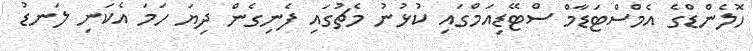
ހޮލެންޑްގެ އެމްސްޓަޑާމް ސްޓޭޑިއަމްގައި ކުޅުނު މެޗުގައި ފެނިގެން ދިޔަ ހަމަ އެކަނި ލަނޑު